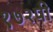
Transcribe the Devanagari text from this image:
१७२पी